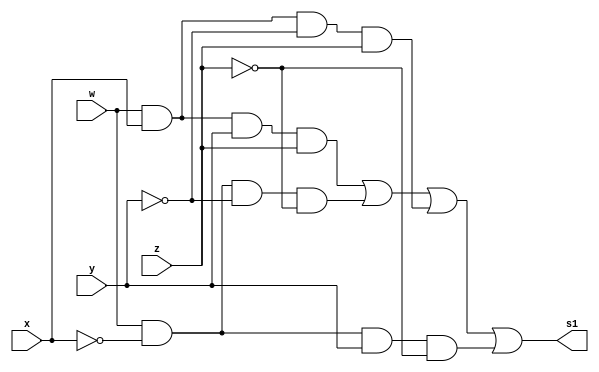
module fwxyz(output s1, input w, input x, input y, input z);
   assign s1 = (w & x & y & z) | (w & ~x & ~y & ~z) | (w & x & ~y & z) | (w & ~x & y & ~z);
endmodule // fwxyz

module tb_fwxyz;
   reg w, x, y, z;
   wire s1;

   // Instanciar o mdulo fwxyz
   fwxyz uut (
      .s1(s1),
      .w(w),
      .x(x),
      .y(y),
      .z(z)
   );

   // Teste de verificao funcional
   initial begin
      $display("Testing fwxyz");

      // Teste 1: w=0, x=0, y=0, z=0
      w = 0; x = 0; y = 0; z = 0;
      #10 $display("w=%b, x=%b, y=%b, z=%b, s1=%b", w, x, y, z, s1);

      // Teste 2: w=1, x=0, y=1, z=0
      w = 1; x = 0; y = 1; z = 0;
      #10 $display("w=%b, x=%b, y=%b, z=%b, s1=%b", w, x, y, z, s1);

      // Teste 3: w=1, x=1, y=1, z=1
      w = 1; x = 1; y = 1; z = 1;
      #10 $display("w=%b, x=%b, y=%b, z=%b, s1=%b", w, x, y, z, s1);

      // Teste 4: w=0, x=1, y=0, z=1
      w = 0; x = 1; y = 0; z = 1;
      #10 $display("w=%b, x=%b, y=%b, z=%b, s1=%b", w, x, y, z, s1);

      $stop;
   end
endmodule // tb_fwxyz